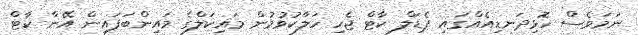
ނަމަވެސް ހޮޅިދަނޑިއެއްގައި ޕެޑަލް ކާޓް ޖެހި ހަލާކުވުމުން މައިކަލްގެ މައިންބަފައިން އޭނާ ކާޓް